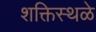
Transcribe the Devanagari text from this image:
शक्तिस्थळे